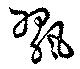
飁